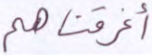
أغرقناهم